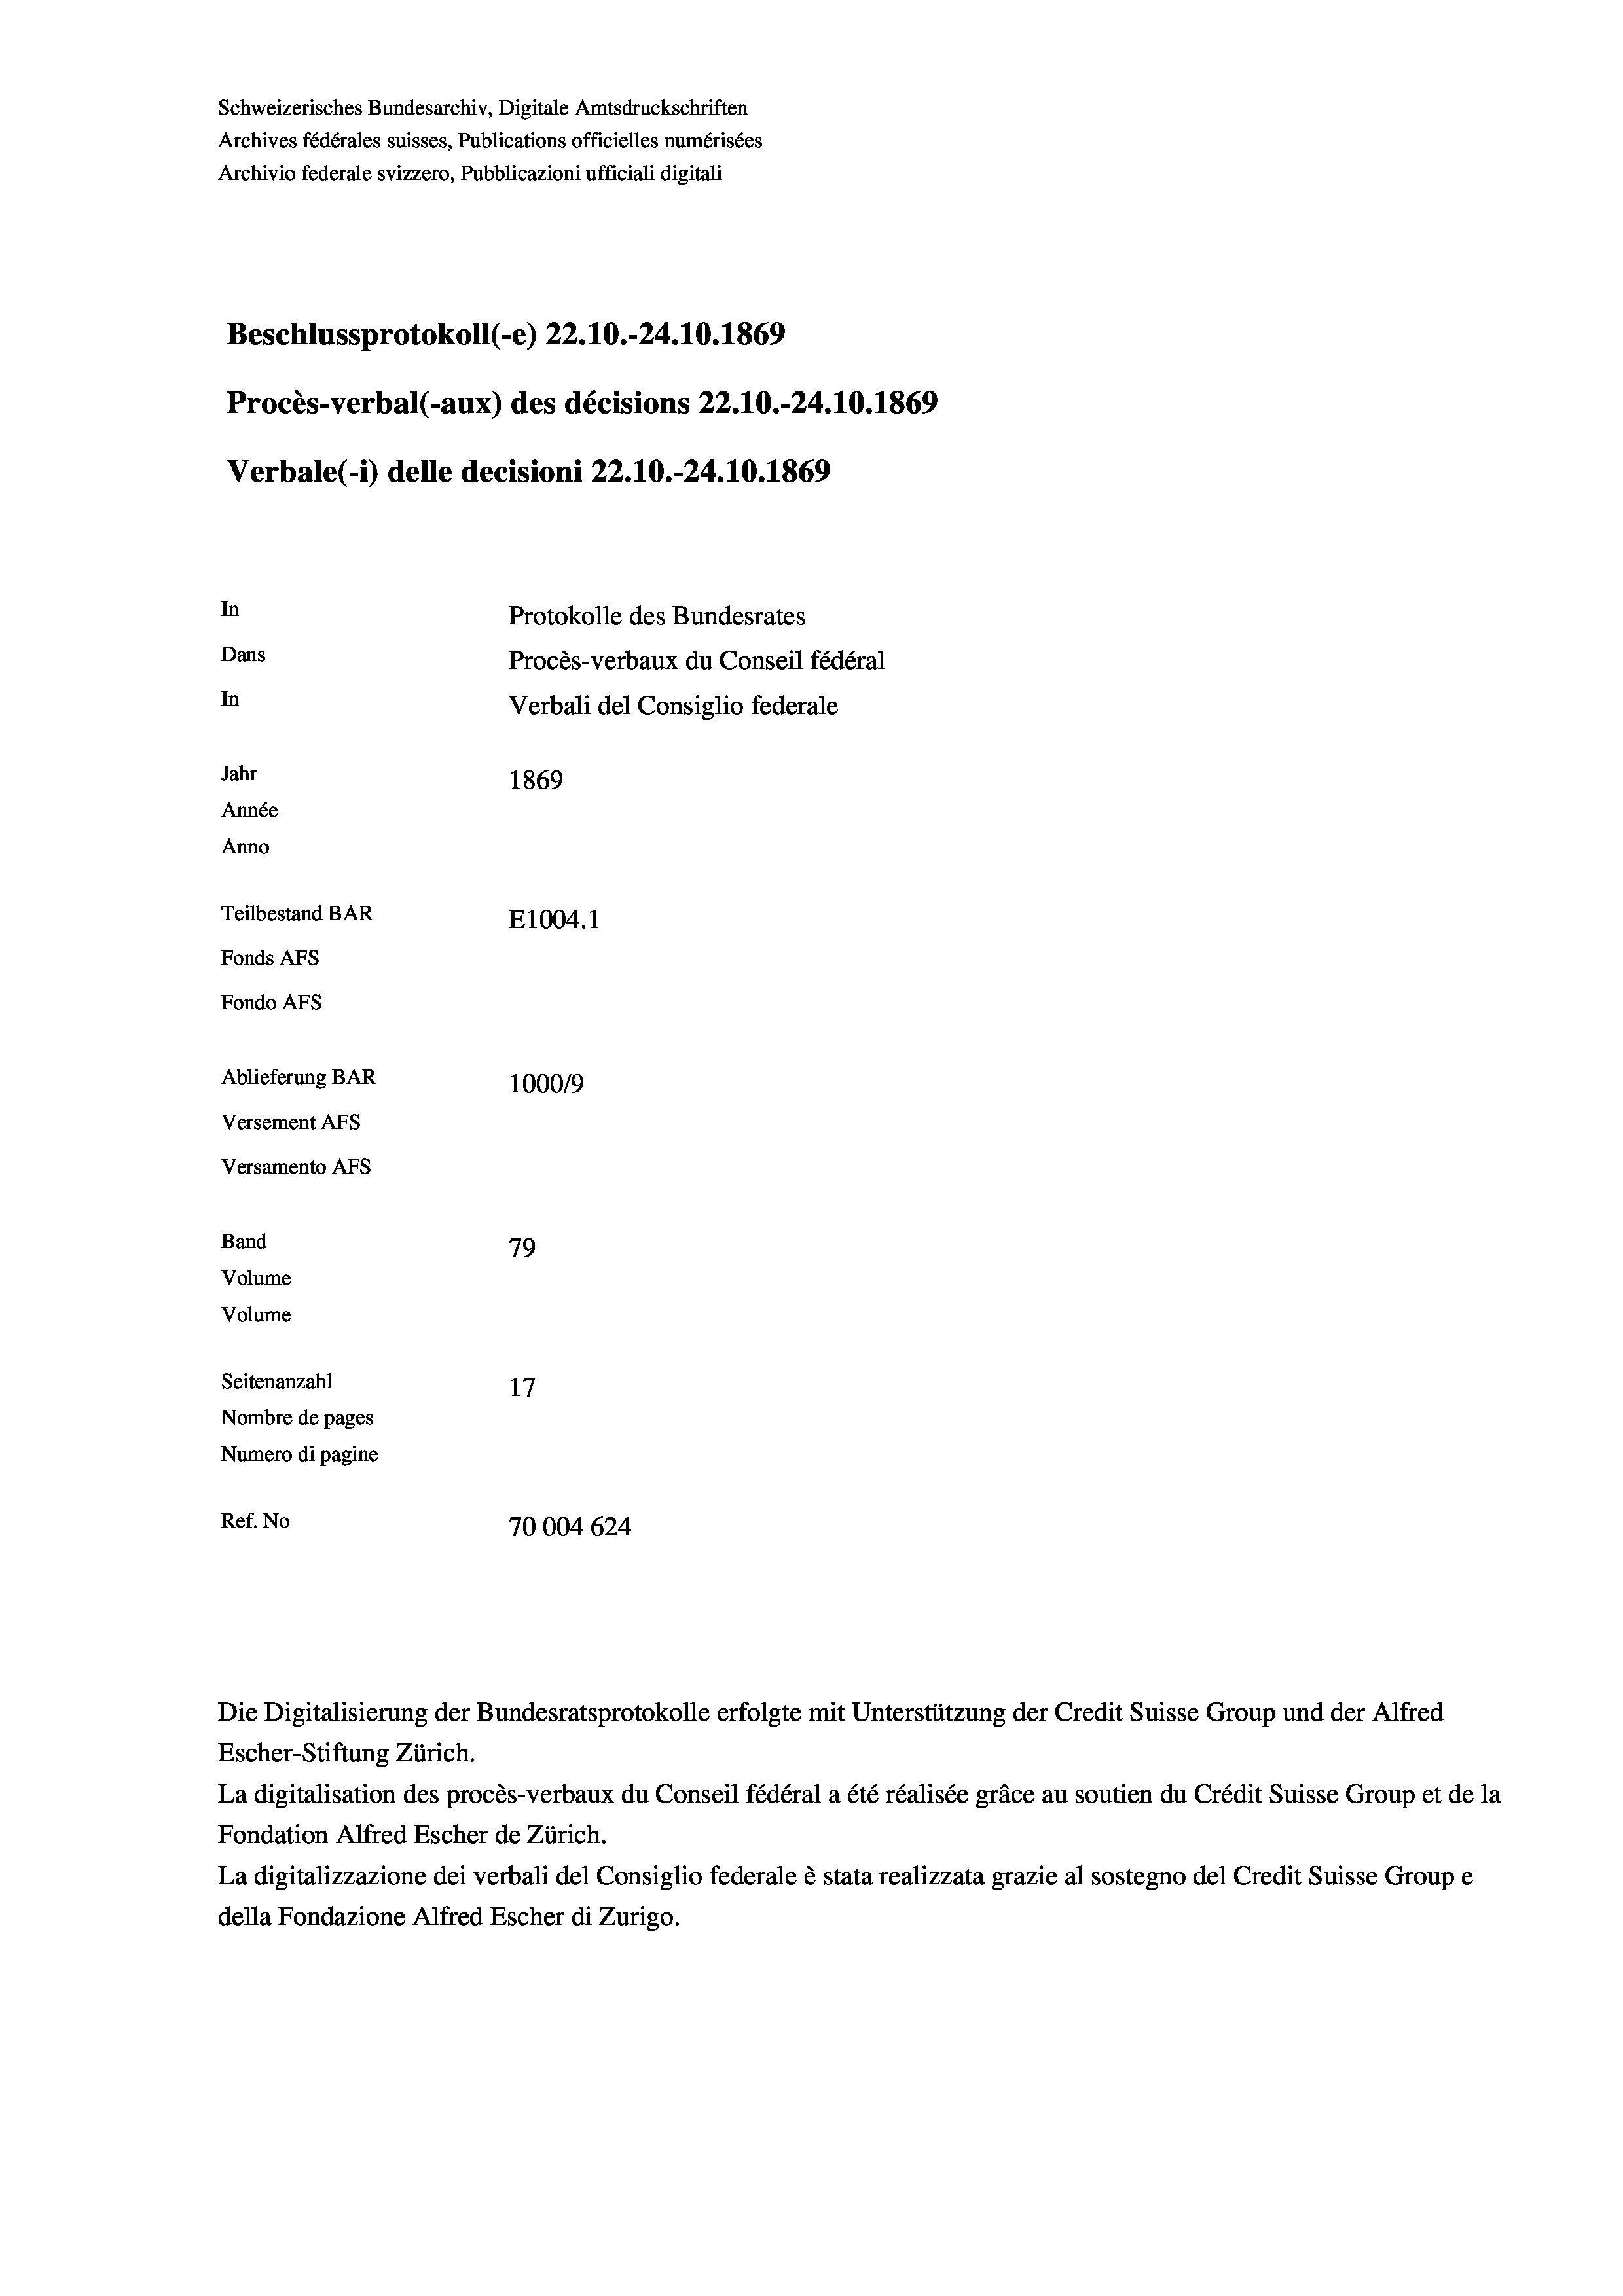
Schweizerisches Bundesarchiv, Digitale Amtsdruckschriften
Archives fédérales suisses, Publications officielles numérisées
Archivio federale svizzero, Pubblicazioni ufficiali digitali
Beschlussprotokoll (-e) 22.10.-24.10.1869
Procès-verbal (-aux) des décisions 22.10.-24.10.1869
Verbale (- 1) delle decisioni 22.10.-24.10.1869
In
Protokolle des Bundesrates
Dans
Procès-verbaux du Conseil fédéral
In
Verbali del Consiglio federale
Jahr
1869
Année
Anno
Teilbestand BAR
E1004. 1
Fonds AFs
Fondo AFS
Ablieferung BAR
100019
Versement AFs
Versamento Afs
Band
79
Volume
Volume

Seitenanzahl
17
Nombre de pages
Numero di pagine
Ref. No
70004 624

Escher-Stiftung Zürich.
La digitalisation des procès-verbaux du Conseil fédéral a été réalisée gräce au soutien du Crédit Suisse Group et de la
Fondation Alfred Escher de Zürich.
La digitalizzazione dei verbali del Consiglio federale è stata realizzata grazie al sostegno del Credit Suisse Groupe
della Fondazione Alfred Escher di Zurigo.

Die Digitalisierung der Bundesratsprotokolle erfolgte mit Unterstützung der Credit Suisse Group und der Alfred